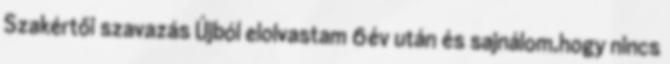
Szakértői szavazás Újból elolvastam 6év után és sajnálom,hogy nincs